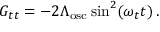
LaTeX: G _ { t t } = - 2 \Lambda _ { \mathrm { o s c } } \sin ^ { 2 } ( \omega _ { t } t ) \, .